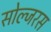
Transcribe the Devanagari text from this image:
सोल्जरस